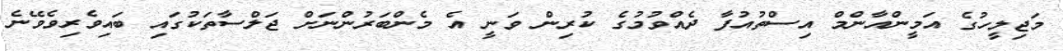
މަޖިލީހުގެ އަމީންއާންމް އިސްތުއުފާ ދެއްވުމުގެ ކުރިން ވަނީ އެ މެންބަރުންނަށް ޖަލްސާތަކުގައި ބައިވެރިވެވޭނެ